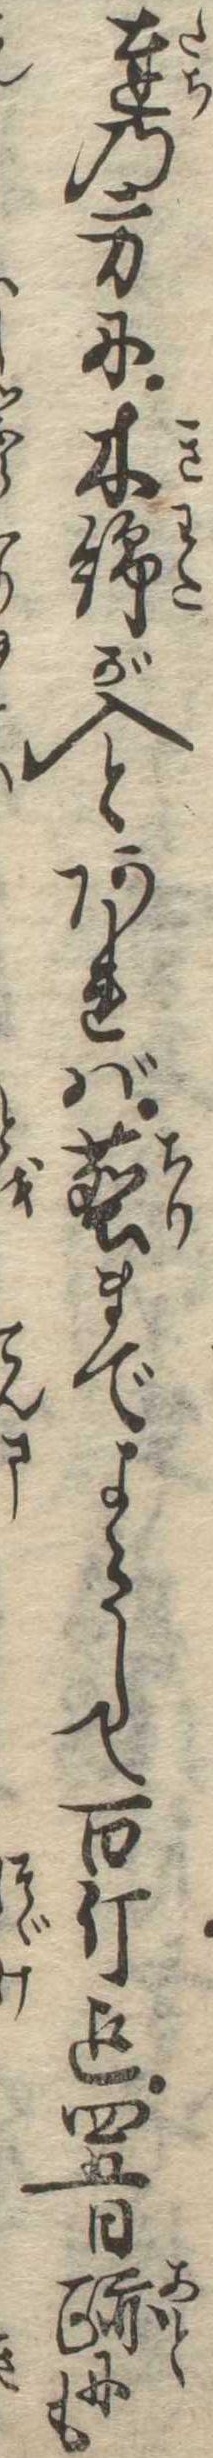
達の方に木棉が入とあれば塵までよらして百斤迄四五日跡にも